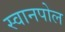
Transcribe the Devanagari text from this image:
स्वानपोल